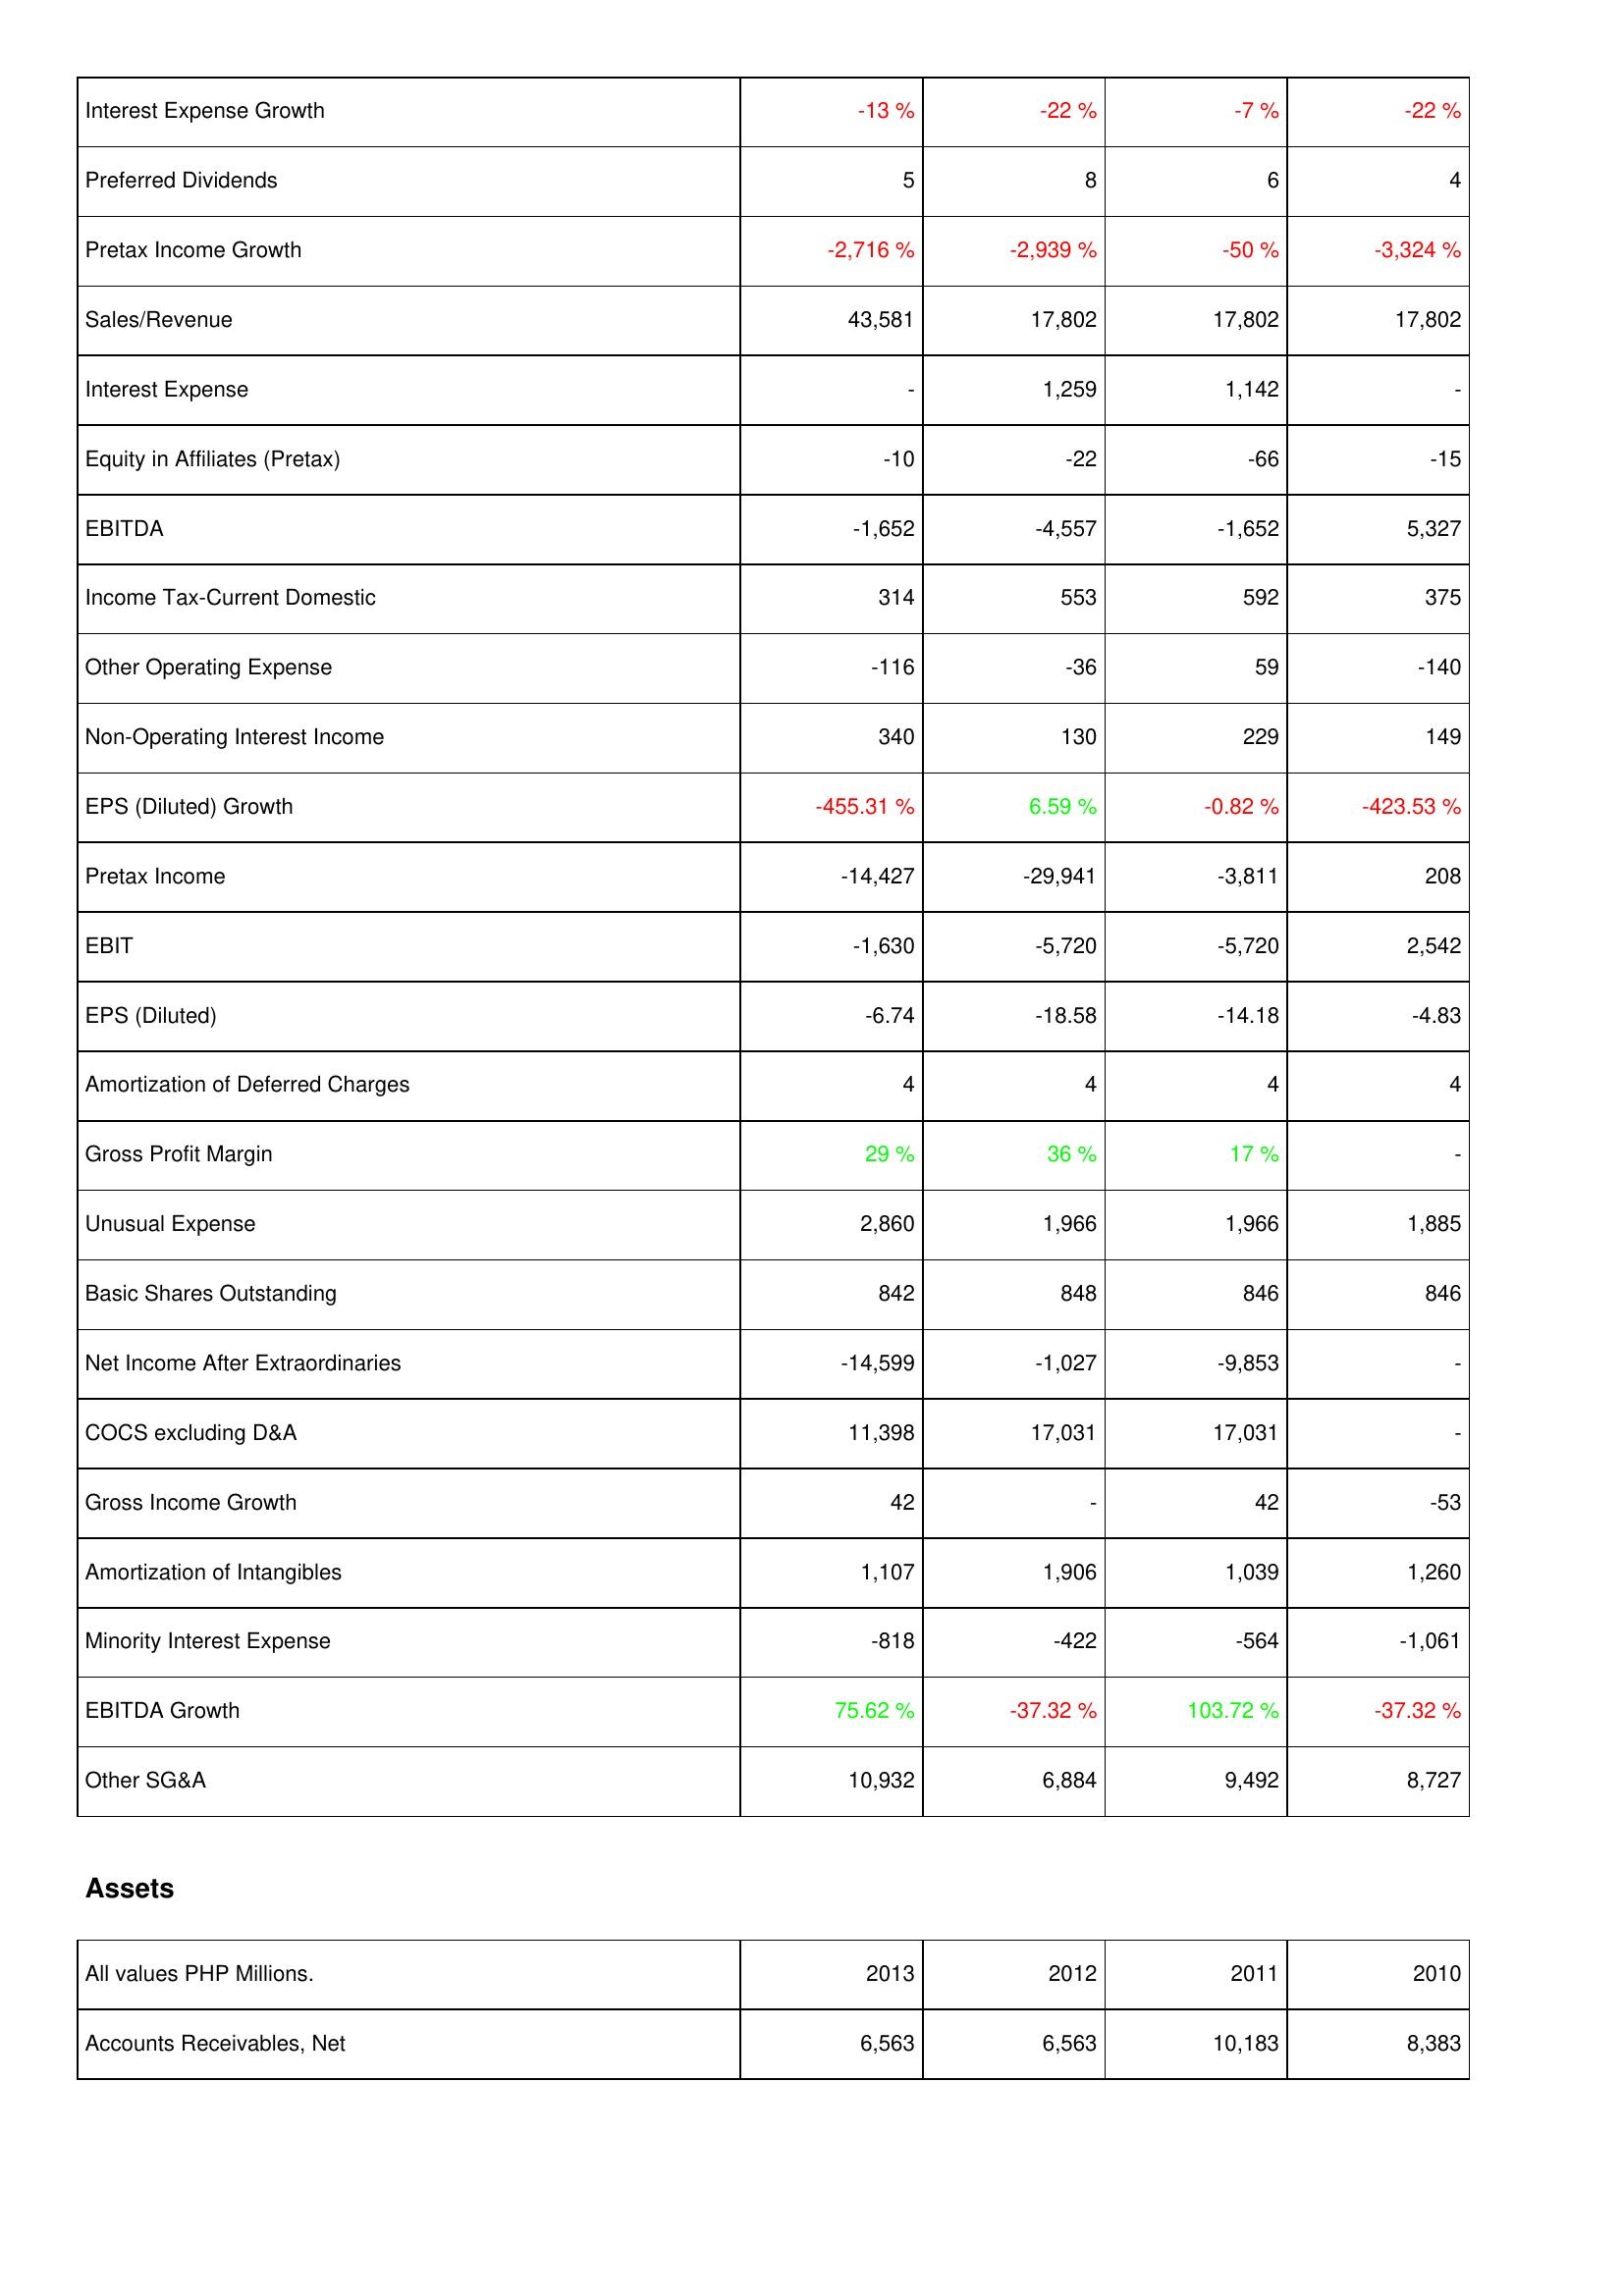
2013: Income Statement: Interest Expense Growth: -13 %
Preferred Dividends: 5
Pretax Income Growth: -2,716 %
Sales/Revenue: 43,581
Interest Expense: -
Equity in Affiliates (Pretax): -10
EBITDA: -1,652
Income Tax-Current Domestic: 314
Other Operating Expense: -116
Non-Operating Interest Income: 340
EPS (Diluted) Growth: -455.31 %
Pretax Income: -14,427
EBIT: -1,630
EPS (Diluted): -6.74
Amortization of Deferred Charges: 4
Gross Profit Margin: 29 %
Unusual Expense: 2,860
Basic Shares Outstanding: 842
Net Income After Extraordinaries: -14,599
COCS excluding D&A: 11,398
Gross Income Growth: 42
Amortization of Intangibles: 1,107
Minority Interest Expense: -818
EBITDA Growth: 75.62 %
Other SG&A: 10,932
Assets: Accounts Receivables, Net: 6,563
2012: Income Statement: Interest Expense Growth: -22 %
Preferred Dividends: 8
Pretax Income Growth: -2,939 %
Sales/Revenue: 17,802
Interest Expense: 1,259
Equity in Affiliates (Pretax): -22
EBITDA: -4,557
Income Tax-Current Domestic: 553
Other Operating Expense: -36
Non-Operating Interest Income: 130
EPS (Diluted) Growth: 6.59 %
Pretax Income: -29,941
EBIT: -5,720
EPS (Diluted): -18.58
Amortization of Deferred Charges: 4
Gross Profit Margin: 36 %
Unusual Expense: 1,966
Basic Shares Outstanding: 848
Net Income After Extraordinaries: -1,027
COCS excluding D&A: 17,031
Gross Income Growth: -
Amortization of Intangibles: 1,906
Minority Interest Expense: -422
EBITDA Growth: -37.32 %
Other SG&A: 6,884
Assets: Accounts Receivables, Net: 6,563
2011: Income Statement: Interest Expense Growth: -7 %
Preferred Dividends: 6
Pretax Income Growth: -50 %
Sales/Revenue: 17,802
Interest Expense: 1,142
Equity in Affiliates (Pretax): -66
EBITDA: -1,652
Income Tax-Current Domestic: 592
Other Operating Expense: 59
Non-Operating Interest Income: 229
EPS (Diluted) Growth: -0.82 %
Pretax Income: -3,811
EBIT: -5,720
EPS (Diluted): -14.18
Amortization of Deferred Charges: 4
Gross Profit Margin: 17 %
Unusual Expense: 1,966
Basic Shares Outstanding: 846
Net Income After Extraordinaries: -9,853
COCS excluding D&A: 17,031
Gross Income Growth: 42
Amortization of Intangibles: 1,039
Minority Interest Expense: -564
EBITDA Growth: 103.72 %
Other SG&A: 9,492
Assets: Accounts Receivables, Net: 10,183
2010: Income Statement: Interest Expense Growth: -22 %
Preferred Dividends: 4
Pretax Income Growth: -3,324 %
Sales/Revenue: 17,802
Interest Expense: -
Equity in Affiliates (Pretax): -15
EBITDA: 5,327
Income Tax-Current Domestic: 375
Other Operating Expense: -140
Non-Operating Interest Income: 149
EPS (Diluted) Growth: -423.53 %
Pretax Income: 208
EBIT: 2,542
EPS (Diluted): -4.83
Amortization of Deferred Charges: 4
Gross Profit Margin: -
Unusual Expense: 1,885
Basic Shares Outstanding: 846
Net Income After Extraordinaries: -
COCS excluding D&A: -
Gross Income Growth: -53
Amortization of Intangibles: 1,260
Minority Interest Expense: -1,061
EBITDA Growth: -37.32 %
Other SG&A: 8,727
Assets: Accounts Receivables, Net: 8,383